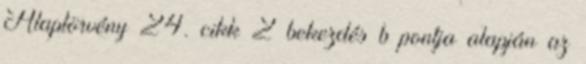
Alaptörvény 24. cikk 2 bekezdés b pontja alapján az